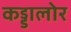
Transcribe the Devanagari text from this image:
कड्डालोर